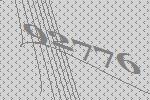
92776